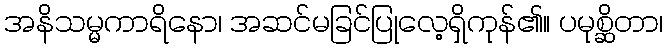
အနိသမ္မကာရိနော၊ အဆင်မခြင်ပြုလေ့ရှိကုန်၏။ ပမုစ္ဆိတာ၊